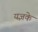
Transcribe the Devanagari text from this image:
यज्ञके